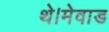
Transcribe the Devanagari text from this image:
थे।मेवाड